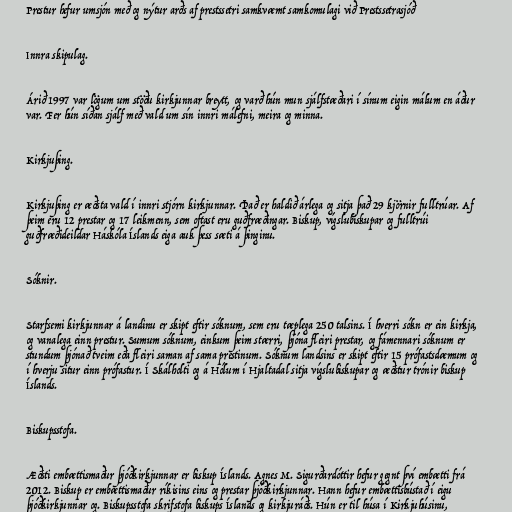
Prestur hefur umsjón með og nýtur arðs af prestssetri samkvæmt samkomulagi við Prestssetrasjóð

Innra skipulag.

Árið 1997 var lögum um stöðu kirkjunnar breytt, og varð hún mun sjálfstæðari í sínum eigin málum en áður
var. Fer hún síðan sjálf með vald um sín innri málefni, meira og minna.

Kirkjuþing.

Kirkjuþing er æðsta vald í innri stjórn kirkjunnar. Það er haldið árlega og sitja það 29 kjörnir fulltrúar. Af
þeim eru 12 prestar og 17 leikmenn, sem oftast eru guðfræðingar. Biskup, vígslubiskupar og fulltrúi
guðfræðideildar Háskóla Íslands eiga auk þess sæti á þinginu.

Sóknir.

Starfsemi kirkjunnar á landinu er skipt eftir sóknum, sem eru tæplega 250 talsins. Í hverri sókn er ein kirkja,
og vanalega einn prestur. Sumum sóknum, einkum þeim stærri, þjóna fleiri prestar, og fámennari sóknum er
stundum þjónað tveim eða fleiri saman af sama prestinum. Sóknum landsins er skipt eftir 15 prófastsdæmum og
í hverju situr einn prófastur. Í Skálholti og á Hólum í Hjaltadal sitja vígslubiskupar og æðstur trónir biskup
Íslands.

Biskupsstofa.

Æðsti embættismaður þjóðkirkjunnar er biskup Íslands. Agnes M. Sigurðardóttir hefur gegnt því embætti frá
2012. Biskup er embættismaður ríkisins eins og prestar þjóðkirkjunnar. Hann hefur embættisbústað í eigu
þjóðkirkjunnar og. Biskupsstofa skrifstofa biskups Íslands og kirkjuráðs. Hún er til húsa í Kirkjuhúsinu,